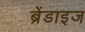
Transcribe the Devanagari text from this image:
ब्रेंडाइज